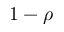
1 - \rho